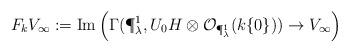
LaTeX: \begin{align*} F_kV_\infty:=\mathrm{Im}\left(\Gamma(\P^1_\lambda, U_0H\otimes \mathcal{O}_{\P^1_\lambda}(k\{0\})) \to V_\infty\right) \end{align*}